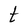
Character: t